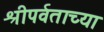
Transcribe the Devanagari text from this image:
श्रीपर्वताच्या